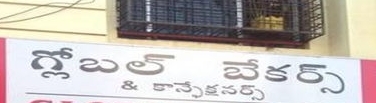
Language: telugu
Transcription: గ్లోబల్ కాన్సేక్షనర్స్ బేకర్స్